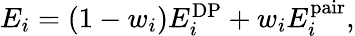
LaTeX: \begin{array}{r}{E_{i}=(1-w_{i})E_{i}^{\mathrm{DP}}+w_{i}E_{i}^{\mathrm{pair}},}\end{array}